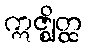
ဣဇ္ဈိတ္ထ